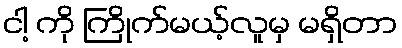
ငါ့ ကို ကြိုက်မယ့်လူမှ မရှိတာ